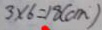
3 \times 6 = 1 8 ( c m )